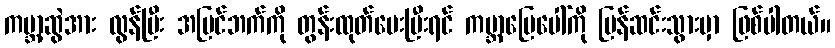
ကမ္ဘာ့ဆွဲအား လွန်ပြီး အပြင်ဘက်ကို တွန်းထုတ်ပေးပြီးရင် ကမ္ဘာမြေပေါ်ကို ပြန်ဆင်းသွားမှာ ဖြစ်ပါတယ်။